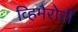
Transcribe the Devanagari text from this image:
व्हिमैरोची